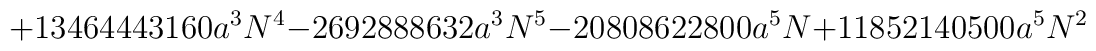
+13464443160a^{3}N^{4}-2692888632a^{3}N^{5}-20808622800a^{5}N+11852140500a^{5}N^{2}